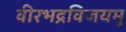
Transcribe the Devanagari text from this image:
वीरभद्रविजयमु